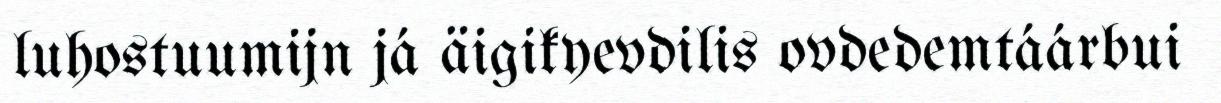
luhostuumijn já äigikyevdilis ovdedemtáárbui